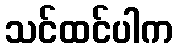
သင်ထင်ပါက